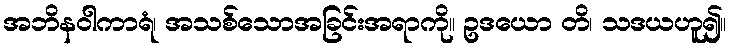
အဘိနဝါကာရံ၊ အသစ်သောအခြင်းအရာကို။ ဥဒယော တိ၊ သဒယဟူ၍။